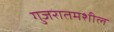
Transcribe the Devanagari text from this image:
गुजरातमशील